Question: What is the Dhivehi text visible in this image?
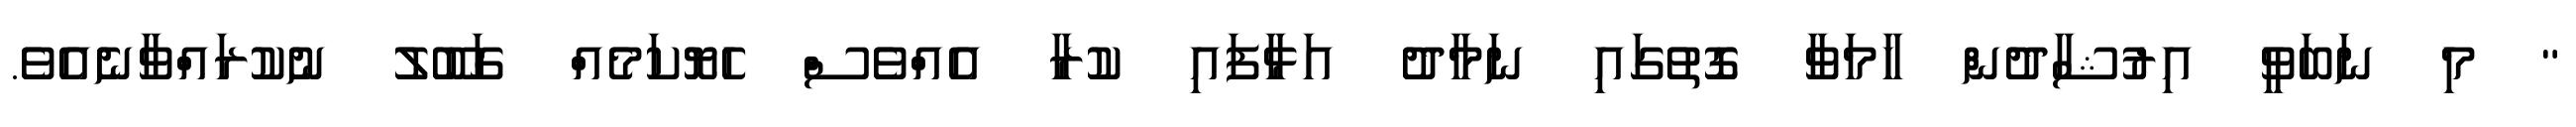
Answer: " މި ނަބަވީ އިރުޝާދުން ހާމަވާ ގޮތުގައި ނަމާދު އަޅާފައި ކުރާ އެއްވެސް ހެޔޮކަމެއް ގަބޫލު ނުކުރައްވާނެއެވެ.